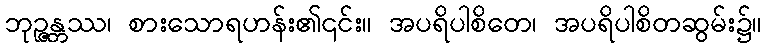
ဘုဉ္ဇန္တဿ၊ စားသောရဟန်း၏၎င်း။ အပရိပါစိတေ၊ အပရိပါစိတဆွမ်း၌။